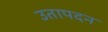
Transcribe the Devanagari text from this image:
उतापदन